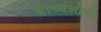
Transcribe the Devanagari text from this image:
ब्राच्यलीनी